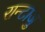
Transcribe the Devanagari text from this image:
रान्टाजु